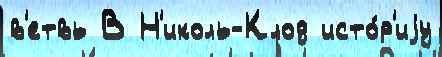
в'етвь В Н'иколь-Клод исто́р'иjу